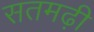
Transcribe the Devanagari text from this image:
सतमढ़ी